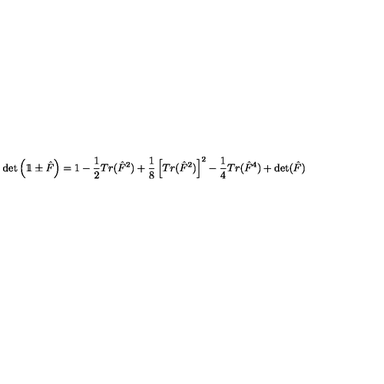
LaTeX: \mathrm { d e t } \left( 1 \! \! 1 \pm \hat { F } \right) = 1 - \frac { 1 } { 2 } T r ( \hat { F } ^ { 2 } ) + \frac { 1 } { 8 } \left[ T r ( \hat { F } ^ { 2 } ) \right] ^ { 2 } - \frac { 1 } { 4 } T r ( \hat { F } ^ { 4 } ) + \mathrm { d e t } ( \hat { F } )